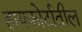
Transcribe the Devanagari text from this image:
हायकोर्टातील